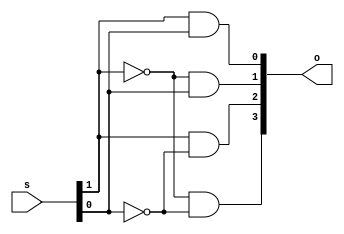
//Ricky Gutierrez
//CSC137, Section 3
//Assignment #2
//d2x4.v

module DecoderMod(s, o);
	input [0:1] s;
	output [0:3] o;
	wire [0:3] e;
	wire [0:1] inv_s;

	not(inv_s[0], s[0]);
	not(inv_s[1], s[1]);	

	and(o[0], inv_s[0], inv_s[1]);
	and(o[1], s[0], inv_s[1]);
	and(o[2], inv_s[0], s[1]);
	and(o[3], s[0], s[1]);
	/*
	assign o[0] = (~s[0]) & (~s[1]);
	assign o[1] = s[0] & (~s[1]);
	assign o[2] = (~s[0]) & s[1];
	assign o[3] = s[0] & s[1];
	*/
endmodule

module TestMod;
	reg [0:1] s;
	wire [0:3] o;

	DecoderMod my_decoder(s, o);

	initial begin
		$monitor("%0d\t%b\t%b\t%b\t%b\t%b\t%b", $time, s[0], s[1], o[0], o[1], o[2], o[3]);
		$display("Time\ts[0]\ts[1]\to[0]\to[1]\to[2]\to[3]");
		$display("----------------------------------------------------");
	end

	initial begin
		s[0] = 0; s[1] = 0; #1;
		s[0] = 1; s[1] = 0; #1;
		s[0] = 0; s[1] = 1; #1;
		s[0] = 1; s[1] = 1; #1;
	end
endmodule